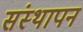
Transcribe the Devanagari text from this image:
संस्‍थापन